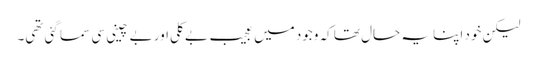
لیکن خود اپنا یہ حال تھا کہ وجود میں عجیب بے کلی اور بے چینی سی سما گئی تھی۔